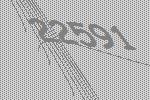
22591